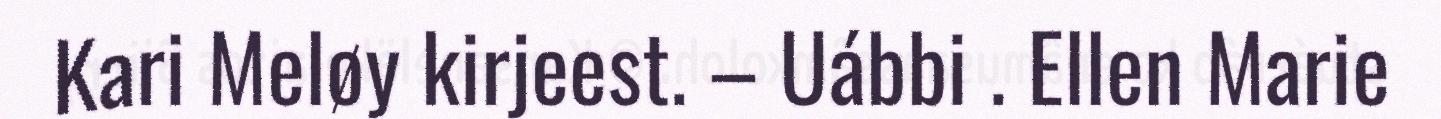
Kari Meløy kirjeest. – Uábbi . Ellen Marie